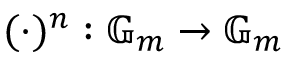
( \cdot ) ^ { n } : \mathbb { G } _ { m } \to \mathbb { G } _ { m }